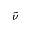
\tilde { \nu }